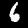
Label: 6